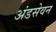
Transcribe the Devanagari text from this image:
अंडसेवन